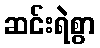
ဆင်းရဲစွာ